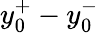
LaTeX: y_{0}^{+}-y_{0}^{-}